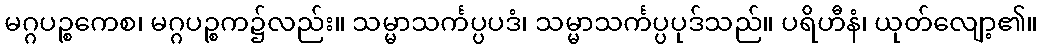
မဂ္ဂပဉ္စကေစ၊ မဂ္ဂပဉ္စက၌လည်း။ သမ္မာသင်္ကပ္ပပဒံ၊ သမ္မာသင်္ကပ္ပပုဒ်သည်။ ပရိဟီနံ၊ ယုတ်လျော့၏။